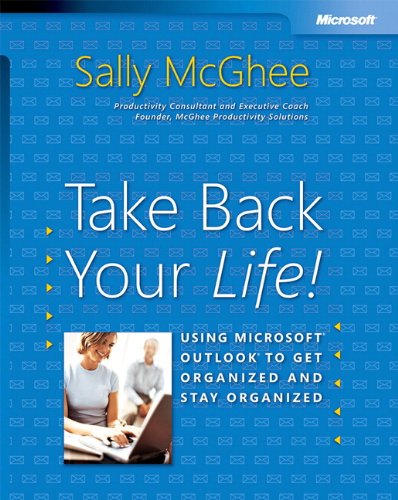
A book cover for Take Back Your Life!: Using Microsoft Outlook to Get Organized and Stay Organized: Using Microsoft(r) Outlook(r) to Get Organized and Stay Organized (Bpg-Other); Sally McGhee; Computers & Technology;